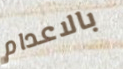
بالاعدام